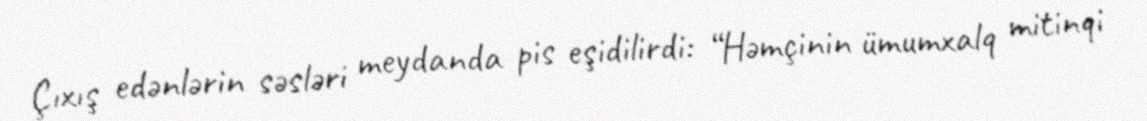
Çıxış edənlərin səsləri meydanda pis eşidilirdi: “Həmçinin ümumxalq mitinqi